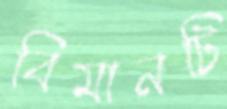
বিমানটি